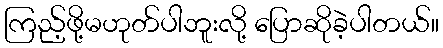
ကြည့်ဖို့မဟုတ်ပါဘူးလို့ ပြောဆိုခဲ့ပါတယ်။